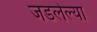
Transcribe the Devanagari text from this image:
जडलेल्या